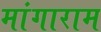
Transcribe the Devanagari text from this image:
मांगाराम